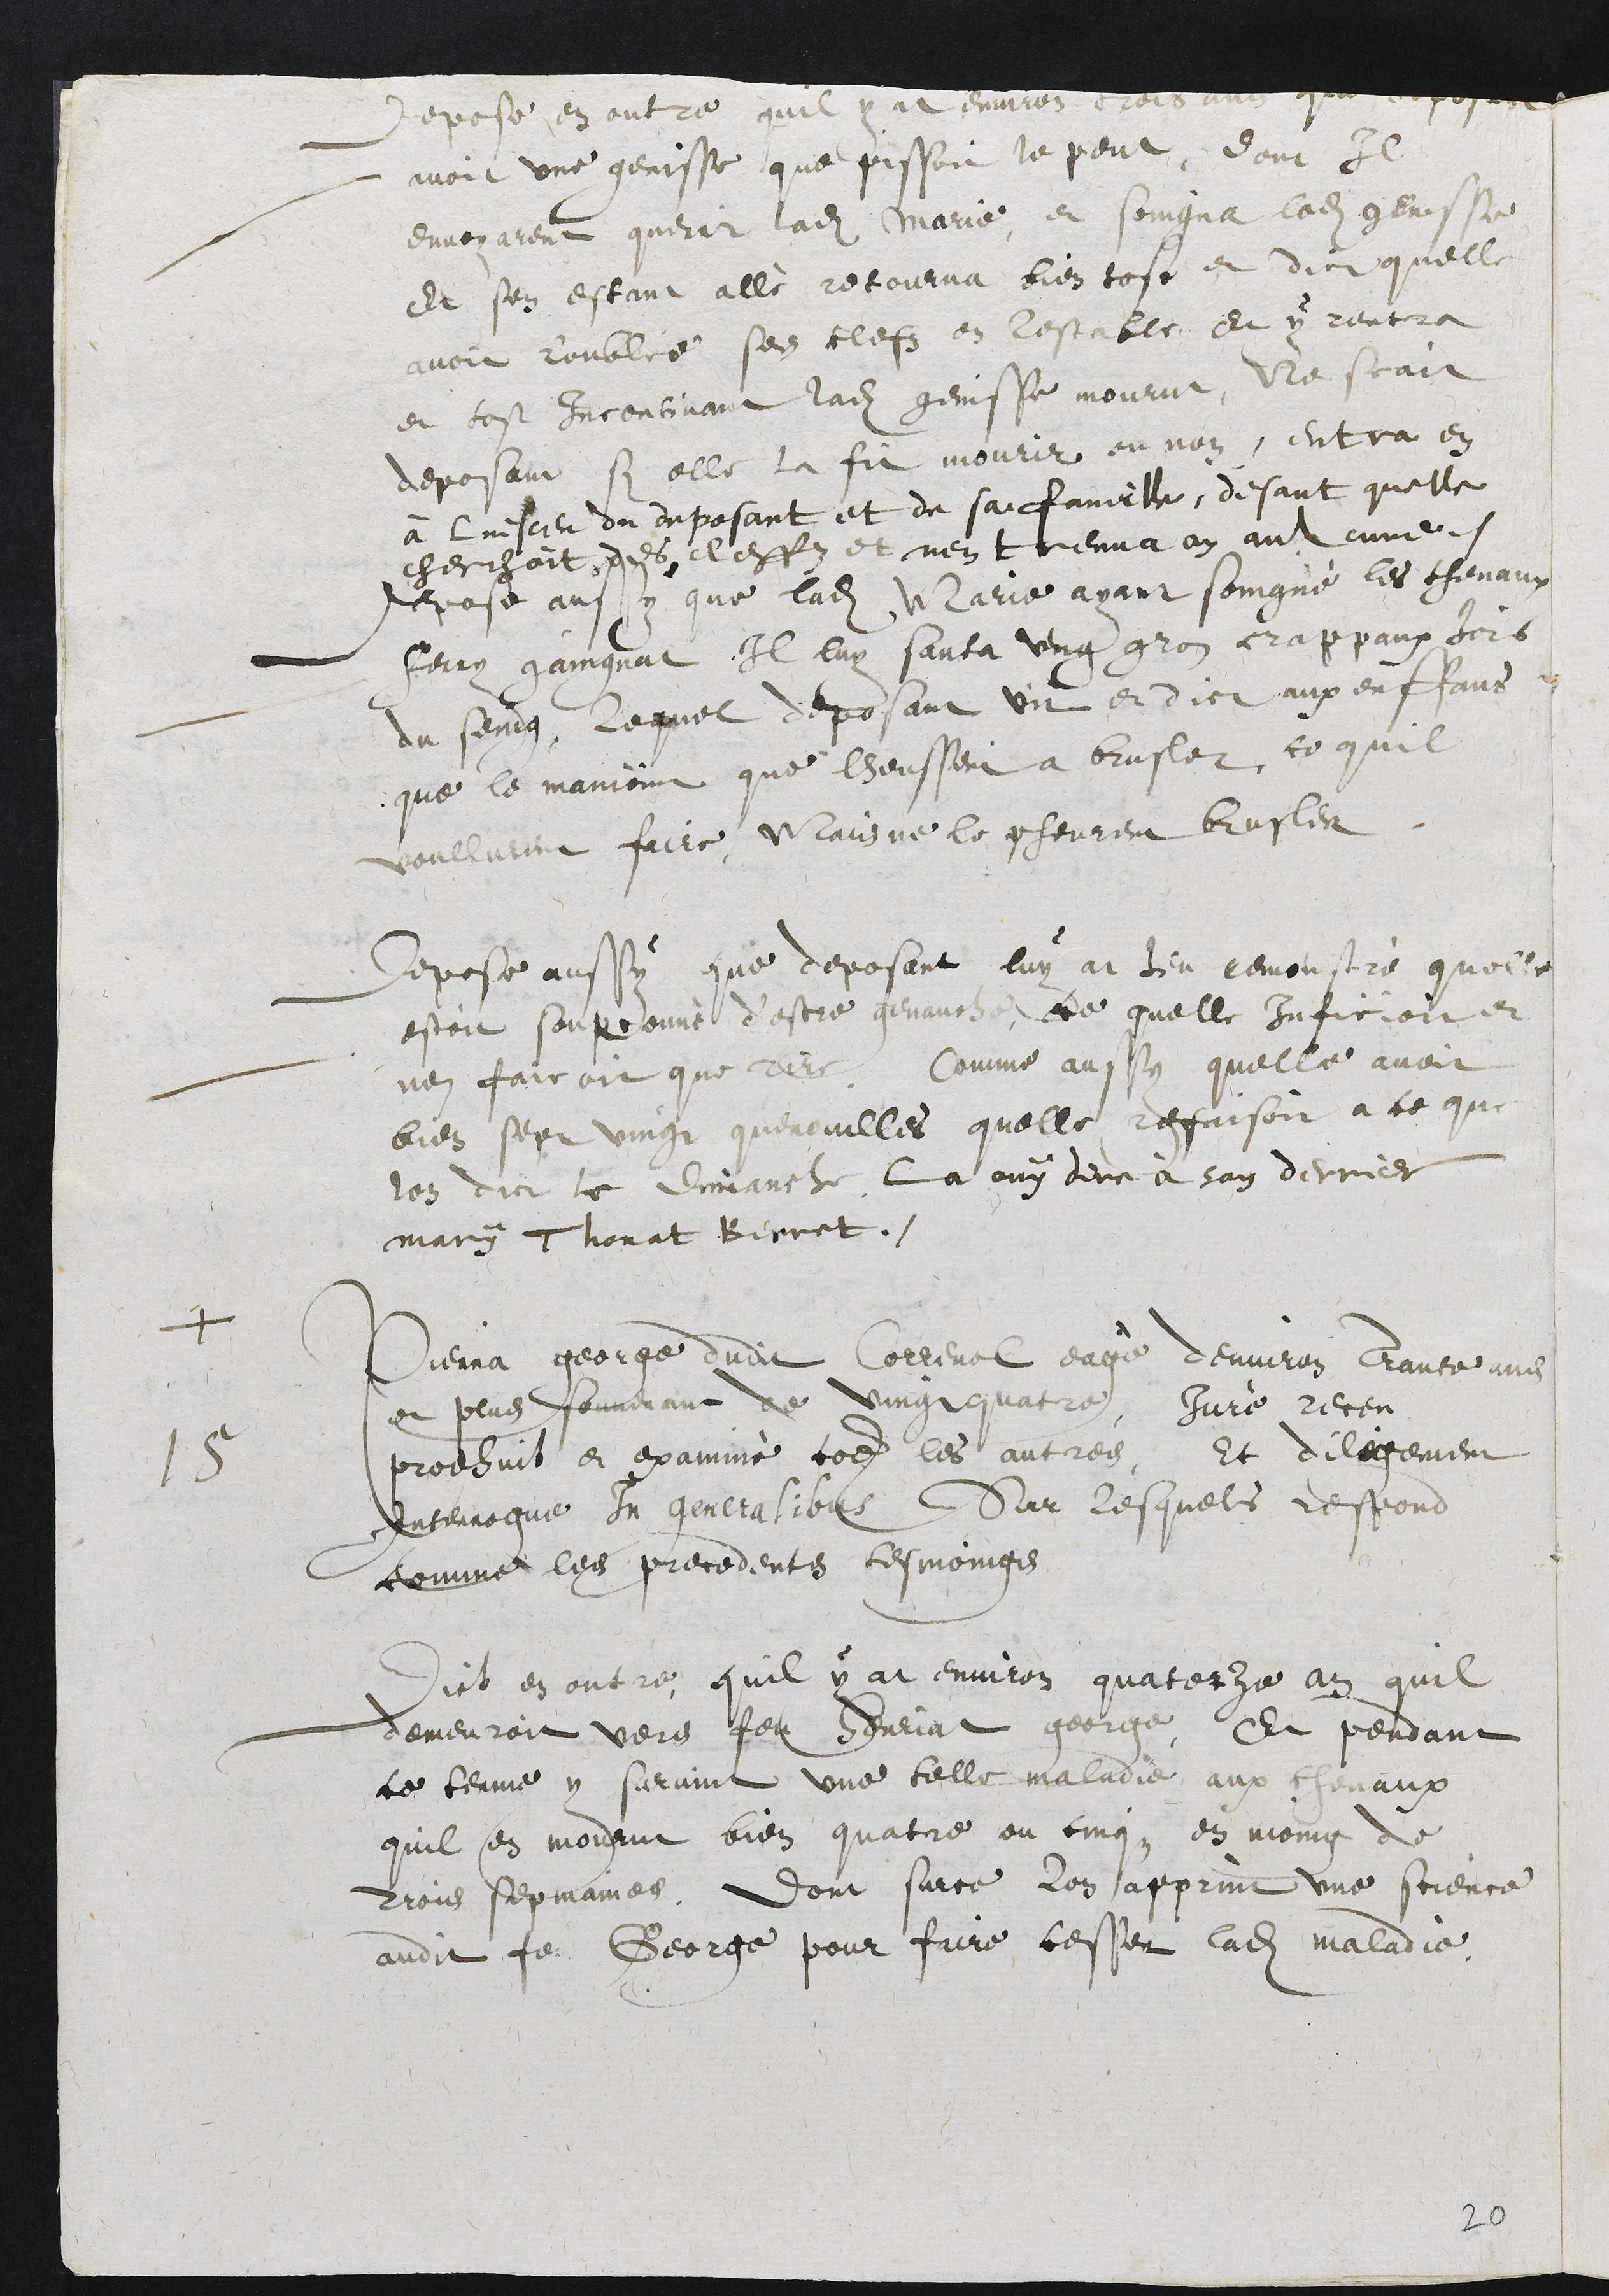
Depose en outre quil y at environ trois ans que deposant
avoit une genisse que pissoit ne peut, dont Il
envoyarent querir ladite Marie et soingnat ladite genisse
Et sen estant allè retourna bien tost et dict quelle
avoit roublié ses clefs en lestable et y rentra
et tost Incontinant ladite genisse mourut, Ne scait
deposant si elle la fit mourir ou non, entra en
à linsceu du deposant et de sa famille, disant quelle
cherchoit des clefs et nen treuva an aulcune.
Depose aussy que ladite Marie ayant soingné les chevaux
ferry gaingnat Il luy sauta ung gros crappaux hors
du seing, Lequel deposant vit et dict aux enffans
que le mainoint que lheussent a brusler, ce quil
voullurent faire, Mais ne le pheurent brusler.
Depose aussy que deposant luy at heu remonstrè quelle
estoit soupconnè d’estre genauche, ce quelle inficioit et
nen faicoit que rire. Comme aussy quelle avoit
bien sept vingt quenouilles quelle refaisoit a ce que
lon dict le dimanche la ouy dire à son dernier
mary Thonat Berret.
+
Pierra george dudit Correnol eagè denviron trante ans
et plus souvenant de vingtquatre, Jurè receu
prodhuit et examinè comme les autres, Et diligement
15
Interrogue In generalibus sur lesquels respond
comme les precedents tesmoings
Dict en outre, quil y at environ quatorze an quil
demeuroit vers feu Henriat george, Et pendant
le terme y survint une telle maladie aux chevaux
quil en mourut bien quatre ou cinqz, en moing de
trois sepmaines. Dont surce lon apprint une science
audit feu George pour faire cesser ladite maladie.